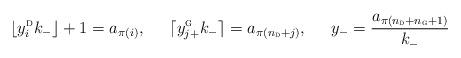
LaTeX: \begin{align*}\lfloor y_i^{\textsc{d}} k_- \rfloor + 1 = a_{\pi(i)},\;\;\;\;\;\lceil y_{j+}^{\textsc{g}} k_- \rceil = a_{\pi(n_{{\textsc{d}}} + j)},\;\;\;\;\;y_- = \frac{a_{\pi(n_{{\textsc{d}}} + n_{{\textsc{g}}}+ 1)}}{k_-}\end{align*}